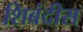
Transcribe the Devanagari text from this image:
शिबंदीस